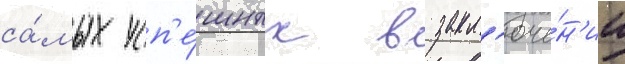
са́мых усп'е́шных в закл'юче́н'ии